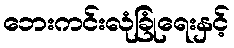
ဘေးကင်းလုံခြုံရေးနှင့်